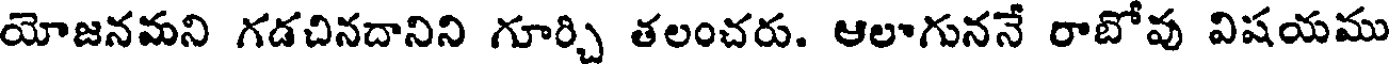
యోజనమని గడచినదానిని గూర్చి తలంచరు. ఆలాగుననే రాబోవు విషయము